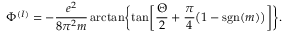
\Phi ^ { ( I ) } = - { \frac { e ^ { 2 } } { 8 \pi ^ { 2 } m } } \arctan \biggl \{ \tan \biggl [ { \frac { \Theta } { 2 } } + { \frac { \pi } { 4 } } \bigl ( 1 - \mathrm { s g n } ( m ) \bigr ) \biggr ] \biggr \} .